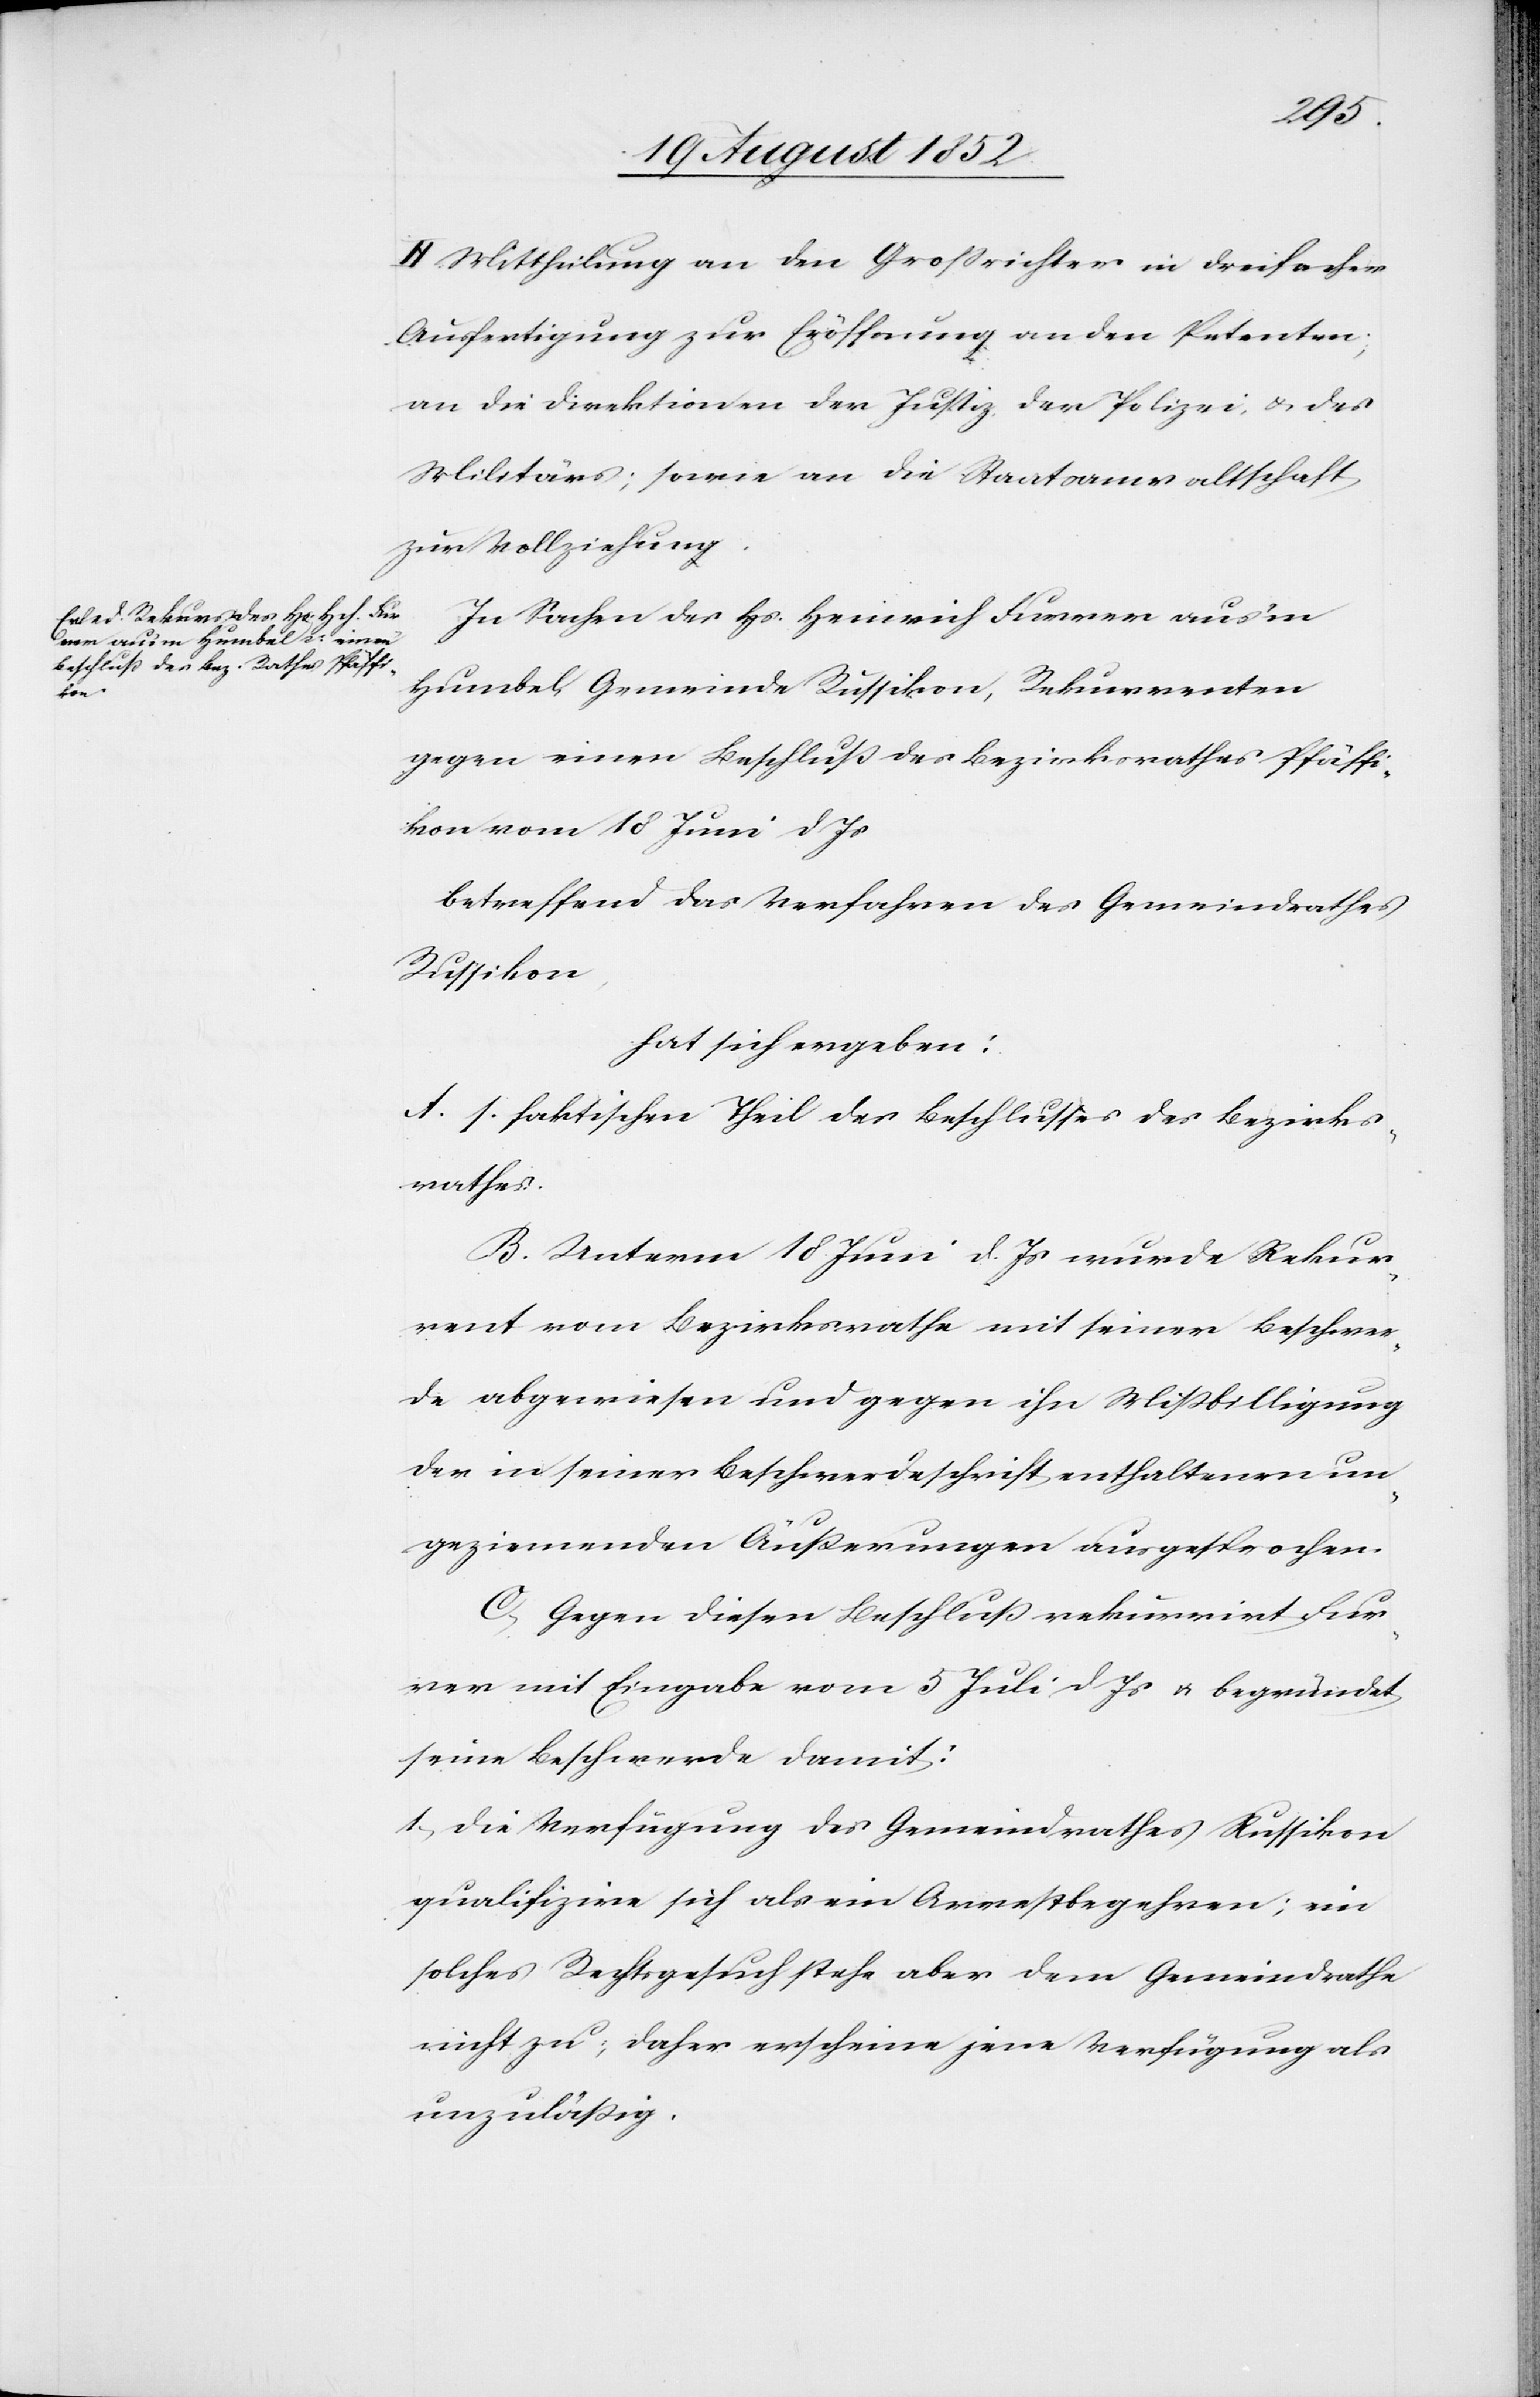
II. Mittheilung an den Großrichter in dreifacher
Ausfertigung zur Eröffnung an den Petenten;
an die Direktionen der Justiz, der Polizei, & des
Militärs; sowie an die Staatsanwaltschaft
zur Vollziehung.
In Sachen des Hs. Heinrich Furrer aus’m
Humbel, Gemeinde Russikon, Rekurrenten
gegen einen Beschluß des Bezirksrathes Pfäffi¬
kon vom 18 Juni d Js
betreffend das Verfahren des Gemeindrathes
Russikon,
hat sich ergeben:
A. s. faktischen Theil des Beschlusses des Bezirks¬
rathes.
B. Unterm 18 Juni d. Js wurde Rekur¬
rent vom Bezirksrathe mit seiner Beschwer¬
de abgewiesen und gegen ihn Mißbilligung
der in seiner Beschwerdeschrift enthaltenen un¬
geziemenden Äußerungen ausgesprochen.
C, Gegen diesen Beschluß rekurrirt Fur¬
rer mit Eingabe vom 5 Juli d Js & begründet
seine Beschwerde damit:
1, Die Verfügung des Gemeindrathes Russikon
qualifizire sich als ein Arrestbegehren; ein
solches Rechtsgesuch stehe aber dem Gemeindrathe
nicht zu; daher erscheine jene Verfügung als
unzuläßig.